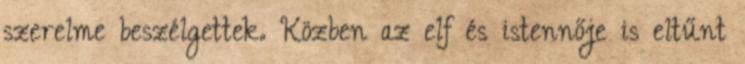
szerelme beszélgettek. Közben az elf és istennője is eltűnt